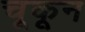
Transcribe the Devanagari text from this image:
चूकून